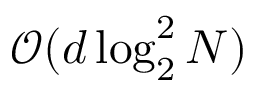
{ \mathcal { O } } ( d \log _ { 2 } ^ { 2 } N )